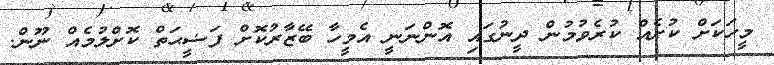
މީހަކަށް ކުށެއް ކުރެވުމުން ދީނުގައި އޮންނަނީ އެމީހާ ބޭޒާރުކޮށް ފަޟީޙަތް ކޮށްލުމެއް ނޫން.